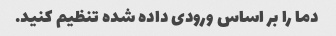
دما را بر اساس ورودی داده شده تنظیم کنید.